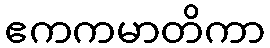
ဧကကမာတိကာ